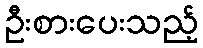
ဦးစားပေးသည့်